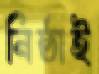
নিষ্ঠাই